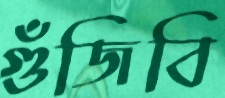
গুঁজিবি